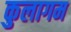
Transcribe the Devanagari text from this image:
कुलागम